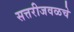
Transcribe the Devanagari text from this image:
सत्तरीजवळचे